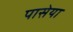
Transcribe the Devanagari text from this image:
पासेया